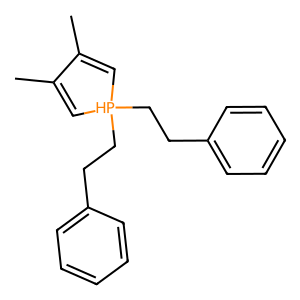
SMILES: CC1=C[PH](CCc2ccccc2)(CCc2ccccc2)C=C1C
Inhibits HIV replication: No